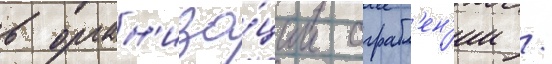
в орган'иза́ции ограбл'ен'ии /